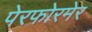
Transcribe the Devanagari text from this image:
पेरफोरमेर